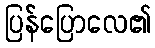
ပြန်ပြောလေ၏